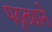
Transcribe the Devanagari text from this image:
पठ्ठ्याने